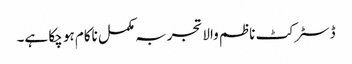
ڈسٹرکٹ ناظم والا تجربہ مکمل ناکام ہو چکا ہے۔